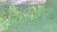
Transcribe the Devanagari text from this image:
लकमैन